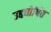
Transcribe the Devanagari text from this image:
उद्दघोषित